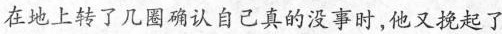
在地上转了几圈确认自己真的没事时，他又挽起了